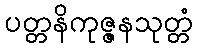
ပတ္တနိကုဇ္ဇနသုတ္တံ